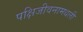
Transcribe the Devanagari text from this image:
पक्षिजीवनामधली